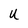
Character: U